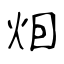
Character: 𤇆